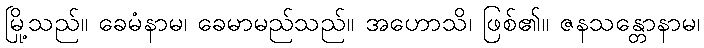
မြို့သည်။ ခေမံနာမ၊ ခေမာမည်သည်။ အဟောသိ၊ ဖြစ်၏။ ဇနသန္တောနာမ၊